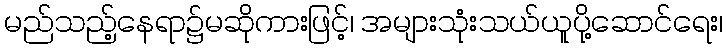
မည်သည့်နေရာ၌မဆိုကားဖြင့်၊ အများသုံးသယ်ယူပို့ဆောင်ရေး၊